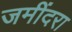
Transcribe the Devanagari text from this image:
जमींदरा